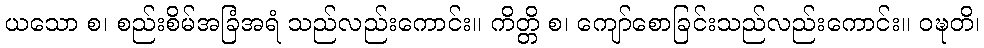
ယသော စ၊ စည်းစိမ်အခြံအရံ သည်လည်းကောင်း။ ကိတ္တိ စ၊ ကျော်စောခြင်းသည်လည်းကောင်း။ ဝဍ္ဎတိ၊